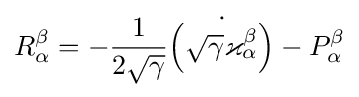
R_{\alpha }^{\beta }=-{\frac {1}{2{\sqrt {\gamma }}}}{\dot {\left({\sqrt {\gamma }}\varkappa _{\alpha }^{\beta }\right)}}-P_{\alpha }^{\beta }